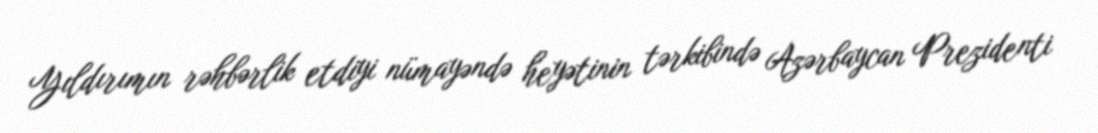
Yıldırımın rəhbərlik etdiyi nümayəndə heyətinin tərkibində Azərbaycan Prezidenti